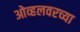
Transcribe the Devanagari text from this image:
ओव्हलवरच्या